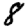
Digit: 8